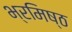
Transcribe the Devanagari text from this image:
भ्रमिष्ठ